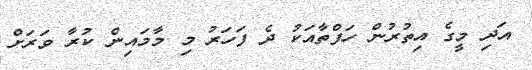
އަދި މީގެ އިތުރުން ހަފްތާއަކު ދެ ފަހަރު މި މާމައިން ކުރާ ވަރަށް